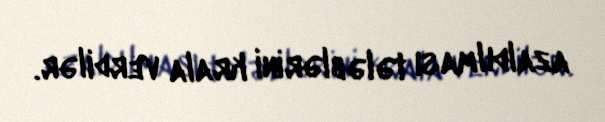
azaldılması tələblərini krala verdilər.